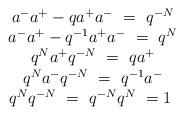
LaTeX: \begin{align*} \begin{array}{c} a^- a^+ -qa^+ a^-~=~q^{-N}\\ a^{-} a^{+} -q^{-1}a^{+} a^{-}~=~q^{N}\\ q^Na^+q^{-N}~=~qa^+\\ q^Na^-q^{-N}~=~q^{-1}a^-\\ q^Nq^{-N}~=~q^{-N}q^N~=1~ \end{array}\end{align*}